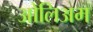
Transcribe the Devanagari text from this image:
ओलिअम